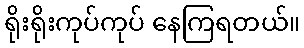
ရိုးရိုးကုပ်ကုပ် နေကြရတယ်။